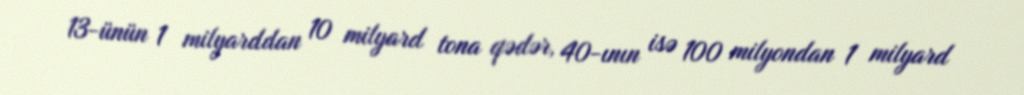
13-ünün 1 milyarddan 10 milyard tona qədər, 40-ının isə 100 milyondan 1 milyard